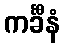
ကင်္ခီနံ